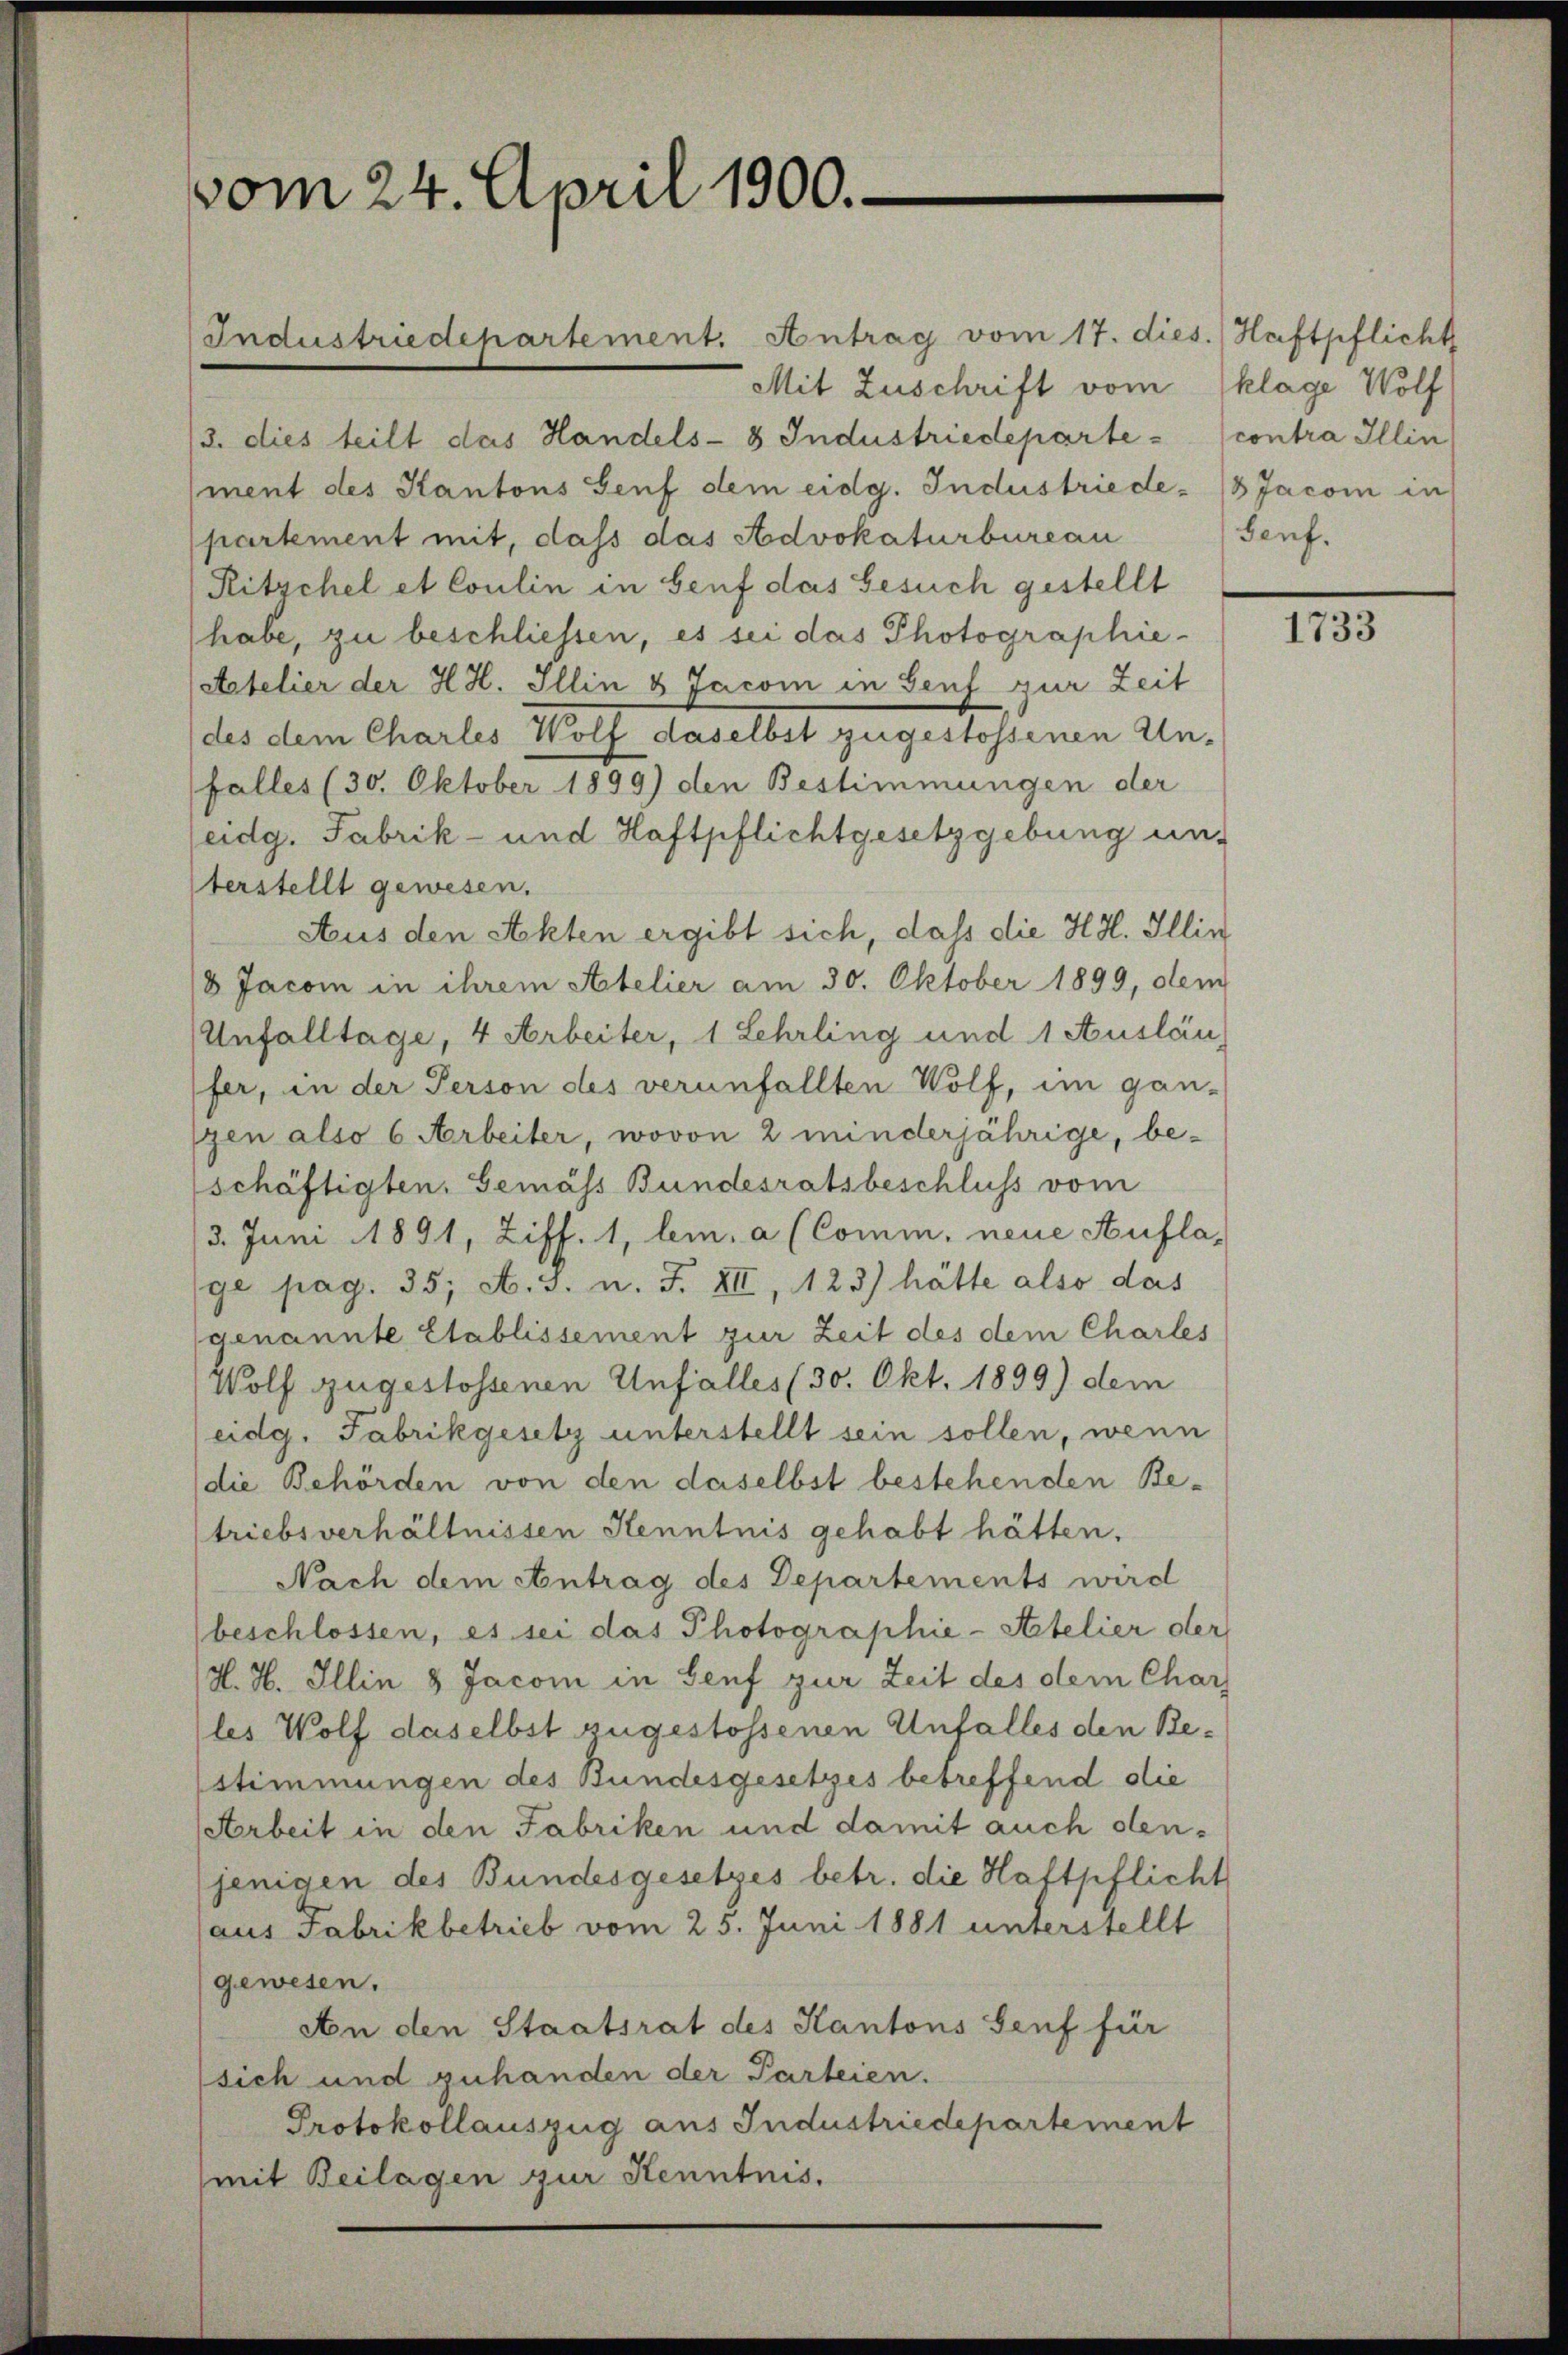
vom 24. April 1900.

Industriedehartement. Antrag vom 17. dies. Haftpflicht
Mit Zuschrift vom klage Wolf
/3. dies teilt das Handels-8 Industriedeparte contra Illin
ment des Kantons Genf dem eidg. Industriede 18 Jacom in
partement mit, dass das Advokaturbureau
Ritschel et Coulin in Genf das Gesuch gestellt
habe, zu beschliessen, es sei das Photographie-
Atelier der H. H. Illin & Jacom in Genf zur Zeit
des dem Charles Wolf daselbst zugestossenen Un-
falles (30. Oktober 1899) den Bestimmungen der
(eidg. Fabrik- und Haftpflichtgesetzgebung un
terstellt gewesen.
Aus den Akten ergibt sich, daß die HH. Illin
8 Jacom in ihrem Atelier am 30. Oktober 1899, dem
Unfalltage, 4 Arbeiter, 1 Lehrling und 1 Auslän
fer, in der Person des verunfallten Wolf, im gan-
gen also 6 Arbeiter, wovon 2 minderjährige, beschäftigten, Gemäss Bundesratsbeschluss vom
3. Juni 1891, Ziff. 1, bin, a (Comm, neue Aufla
ge pag. 35, A. 3. u. F. XII, 123) hätte also das
genannte Etablissement zur Zeit des dem Charles
Wolf zugestossenen Unfalles (30. Okt. 1899) dem
eidg. Fabrikgesetz unterstellt sein sollen, wenn
(die Behörden von den daselbst bestehenden Betriebsverhältnissen Kenntnis gehabt hätten.
Nach dem Antrag des Departements wird
beschlossen, es sei das Photographie-Atelier der
H. H. Illin 8 Jacom in Genf zur Zeit des dem Char
les Wolf daselbst zugestossenen Unfalles den Bestimmungen des Bundesgesetzes betreffend die
Arbeit in den Fabriken und damit auch denjenigen des Bundesgesetzes betr. die Haftpflicht
aus Fabrikbetrieb vom 25. Juni 1881 unterstellt
gewesen.
An den Staatsrat des Kantons Genf für
sich und zuhanden der Parteien.
Protokollauszug aus Industriedepartement
(mit Beilagen zur Kenntnis.

Senf.

1733